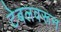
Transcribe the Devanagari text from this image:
टेबलवरून